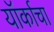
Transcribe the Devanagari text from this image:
यॉर्काचा